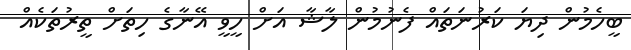
ބީހެމުން ދިޔަ ކަރުނަތައް ފެނުމުން ލާޝާ އަށް ހީވީ އޭނާގެ ހިތަށް ތީރުތަކެއް